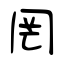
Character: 罔